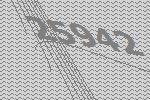
25942